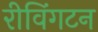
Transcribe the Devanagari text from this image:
रीविंगटन